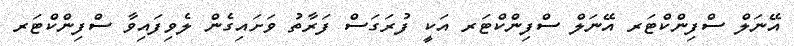
އޭނަލް ސްފިންކްޓަރ އޭނަލް ސްފިންކްޓަރ އަކީ ފުރަގަސް ފަރާތު ވަށައިގެން ލެވިފައިވާ ސްފިންކްޓަރ